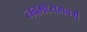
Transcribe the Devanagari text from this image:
नवमध्यमवर्ग